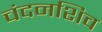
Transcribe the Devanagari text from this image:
चंदनशिव